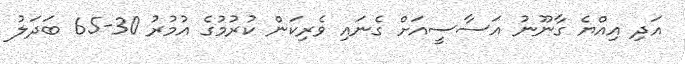
އަދި އިއްޔެ ގާނޫނު އަސާސީއަށް ގެނައި ވެރިކަން ކުރުމުގެ އުމުރު 30-65 ބަދަލު